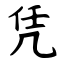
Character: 凭